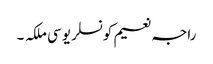
راجہ نعیم کونسلر یو سی ملکہ ۔